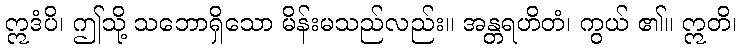
ဣဒံပိ၊ ဤသို့ သဘောရှိသော မိန်းမသည်လည်း။ အန္တရဟိတံ၊ ကွယ် ၏။ ဣတိ၊